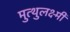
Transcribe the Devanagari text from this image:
मुत्थुलक्ष्मी